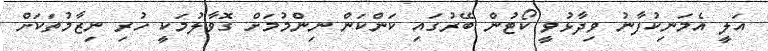
އަލީ އެމަނިކުފާނު ވިދާޅުވީ ކޯޓުން ބޭރުގައި ކަންކަން ނިންމުމަށް ގޮވާލުމަކީ ހުރި ނިޒާމުތަކަށް